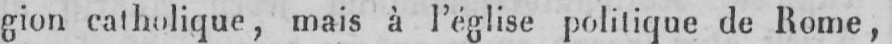
gion catholique, mais à l’église politique de Rome,